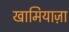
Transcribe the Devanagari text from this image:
खामियाज़ा